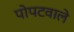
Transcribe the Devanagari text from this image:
पोपटवाले